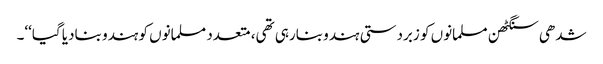
شدھی سنگٹھن مسلمانوں کو زبردستی ہندو بنارہی تھی، متعدد مسلمانوں کو ہندو بنادیا گیا‘‘۔